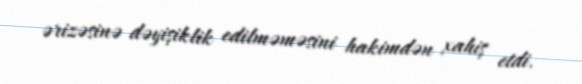
ərizəsinə dəyişiklik edilməməsini hakimdən xahiş etdi.